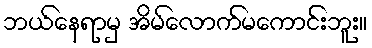
ဘယ်နေရာမှ အိမ်လောက်မကောင်းဘူး။